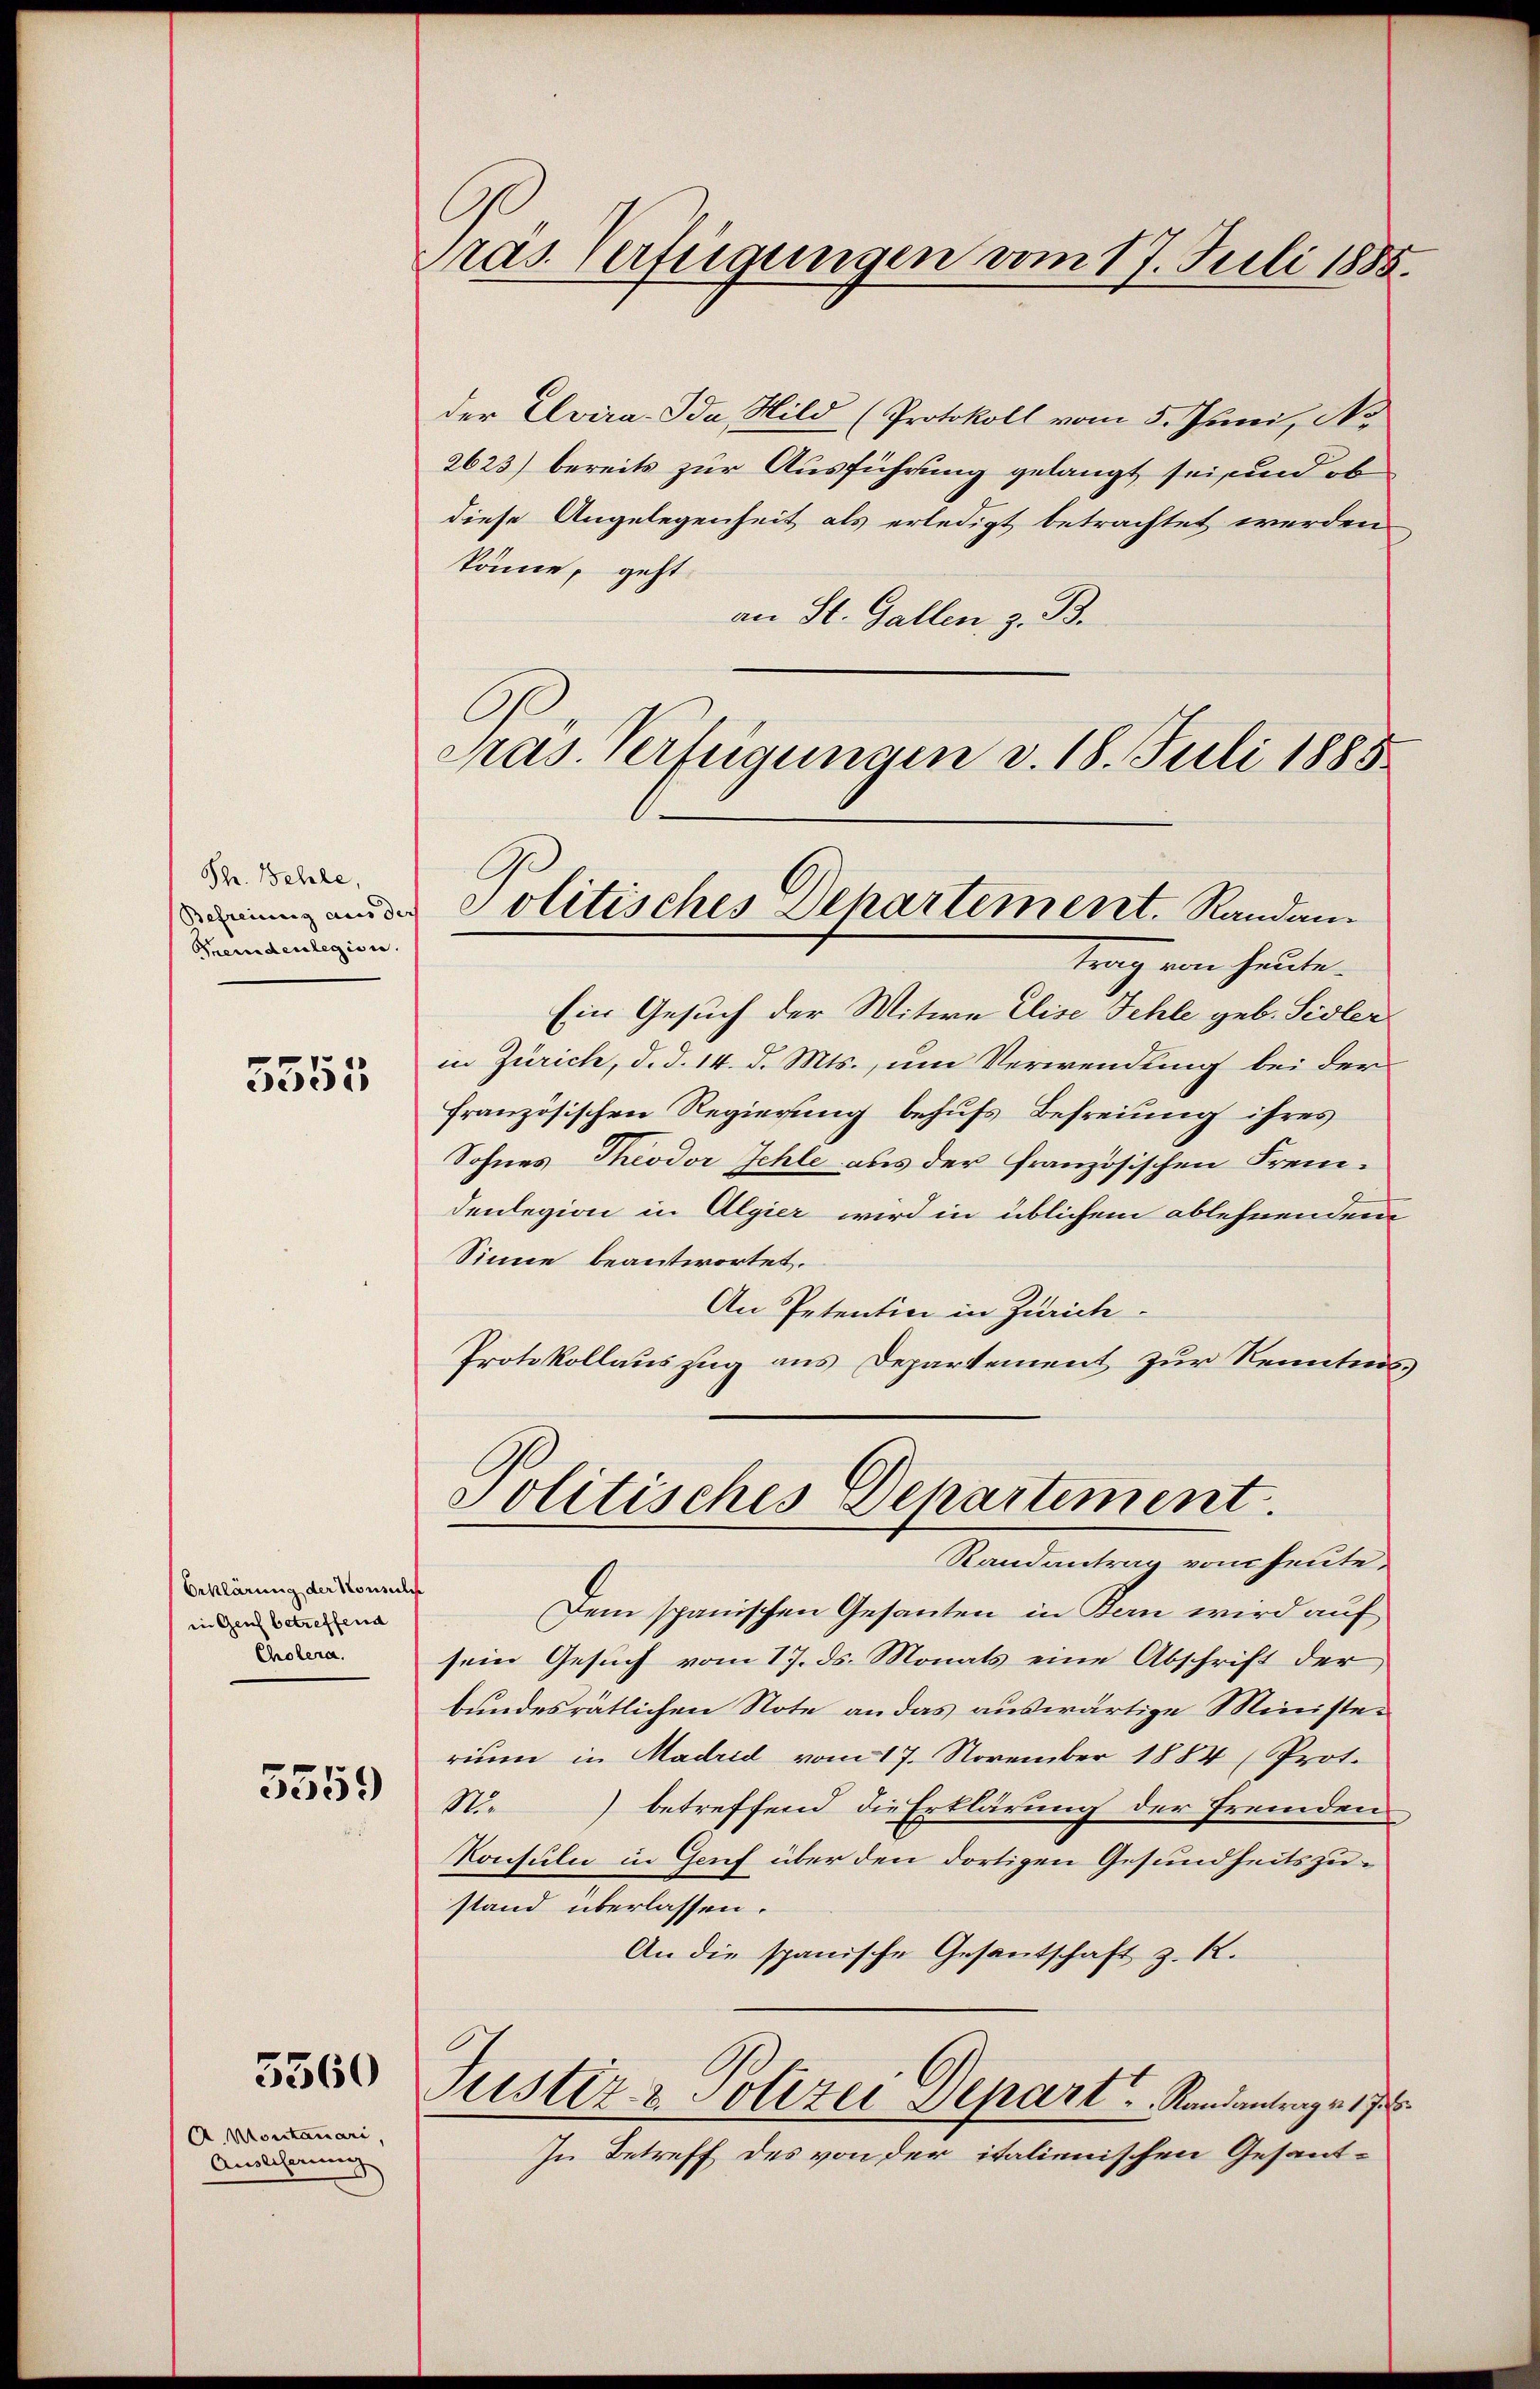
Ph. Behle,
Befreiung aus doch
Gemdenlegion.

5555

Erklärung der Konsuls
in Genf betreffend
Cholera.

5559

5560

A. Montanari,
Ausliserung

Gras Verfügungen vom 17. Juli 1885.

der Evira-Ida, Hild (Protokoll vom 5. Juni, No
2623) bereits zur Ausführung gelangt sei und ob
diese Angelegenheit als erledigt betrachtet werden
könne, geht
an St. Gallen, z. B.
trag von heute.
Ein Gesuch der Witwe Elise Fehle geb. Sidler
in Zürich, d. d. 14. d. Mts., um Verwendung bei der
französischen Regierung behufs Befreiung ihres
Sohnes Theodor Schle aus der französischen Frem-
denlegion in Algier wird in üblichem ablehnenden
Sinne beantwortet.
An Petentin in Zürich
Protokollauszug aus Departement zur Kenntnis
Politisches Departement.
Randantrag vom heute,
Dem spanischen Gesanten in Kan wird auf
sein Gesuch vom 17. ds. Monats eine Abschrift der
bundesrätlichen Note an das auswärtige Ministerium in Madrid vom 17. November 1884 (Prot.
N.) betreffend die Erklärung der fremden
Konsuln in Genf über den dortigen Gesundheitszustand überlassen.
An die spanische Gesantschaft z. R.
Justiz & Polizei Depart. Standantrages J
In Betreff des von der italienischen Gesant-

Pras. Verfügungen v. 18. Juli 1888
Politisches Departement. Randan